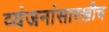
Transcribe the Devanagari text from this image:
व्यंजनांसारखीच